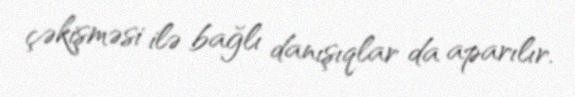
çəkişməsi ilə bağlı danışıqlar da aparılır.